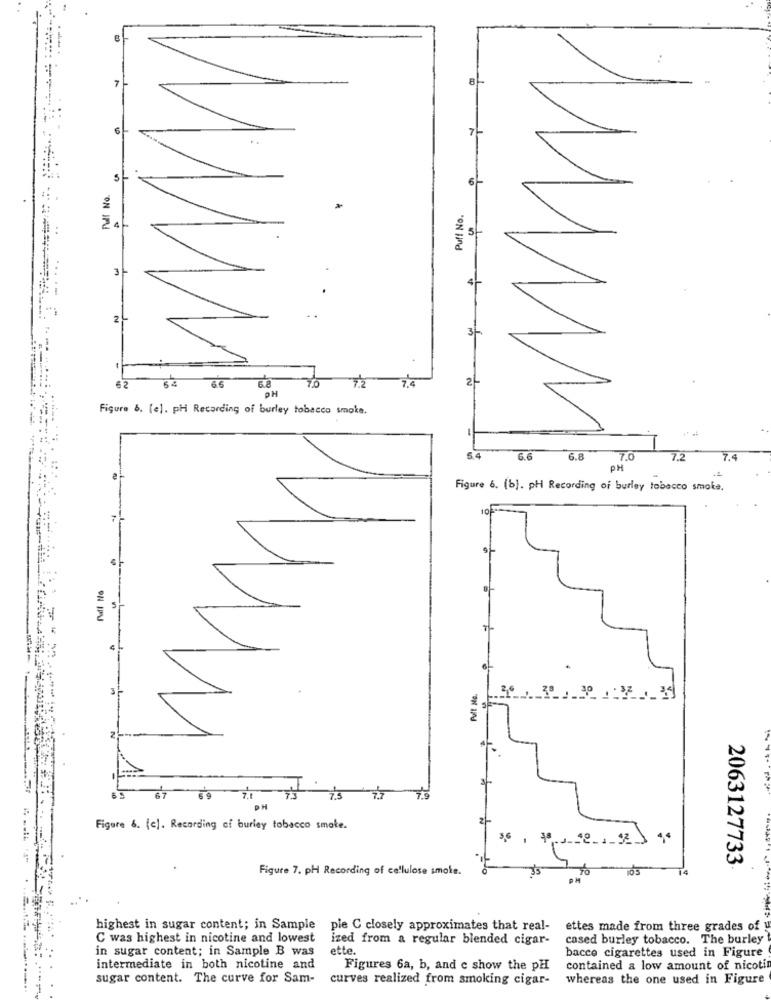
7
8-
6
7-
5
6-
Puf! No.
2
31
62
2
64 66 6.8 70
OH
72
Figure b. [e]. ph Recording of burley tobacco smoke.
5.6
6.8
7.0
7.2
7.4
PH
Figure 6. (b). pH Recording of burley tobacco smoke.
106
full No
111
26/ 300/20 1:3 0 39
67 69
7'3
75
75
PH
Figure 6. [c]. Recording of burley tobacco smake.
3€
40
2063127733
Figure 7. pH Recording of cellulose smoke.
14
highest in sugar content; in Sample ple C closely approximates that real-
ettes made from three grades of
C was highest in nicotine and lowest
ized from a regular blended cigar-
cased burley tobacco. The burley
in sugar content; in Sample B was
ette.
bacco cigarettes used in Figure
intermediate in both nicotine and
Figures 6a, b, and c show the pH
contained a low amount of nicoti
sugar content. The curve for Sam-
curves realized from smoking cigar-
whereas the one used in Figure